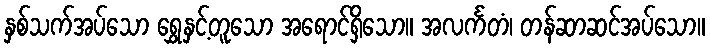
နှစ်သက်အပ်သော ရွှေနှင့်တူသော အရောင်ရှိသော။ အလင်္ကတံ၊ တန်ဆာဆင်အပ်သော။